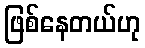
ဖြစ်နေတယ်ဟု